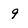
Character: 9